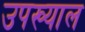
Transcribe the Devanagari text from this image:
उपख्याल